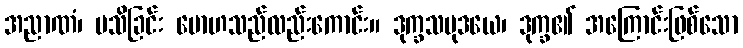
အညာဏံ၊ မသိခြင်း မောဟသည်လည်းကောင်း။ ဒုက္ခသမုဒယေ၊ ဒုက္ခ၏ အကြောင်းဖြစ်သော